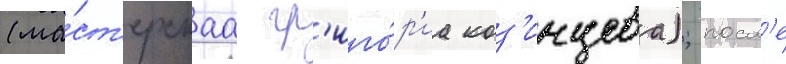
(ма́ст'ерскаа гр'иго́р'иа коз'инцева); посл'е